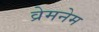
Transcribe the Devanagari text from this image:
व्रेमनेम